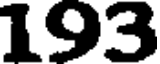
193